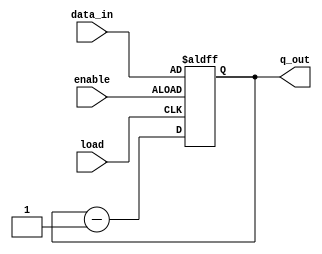
module morsecode_lengthcounter(enable,load,data_in,q_out);
	input [3:0] data_in;
	
	
	input enable; //enable data input
	input load; //clk
	
	output reg [3:0] q_out;
	
	always@(posedge enable or posedge load) // cho phep nap gia tri (enable) load gia tri 000 va clk de tru
	begin
		if(enable) q_out <= data_in;
		else if(load)
		begin
			begin
				q_out <= q_out - 1;
			end
		end
		
	end

endmodule

//checked